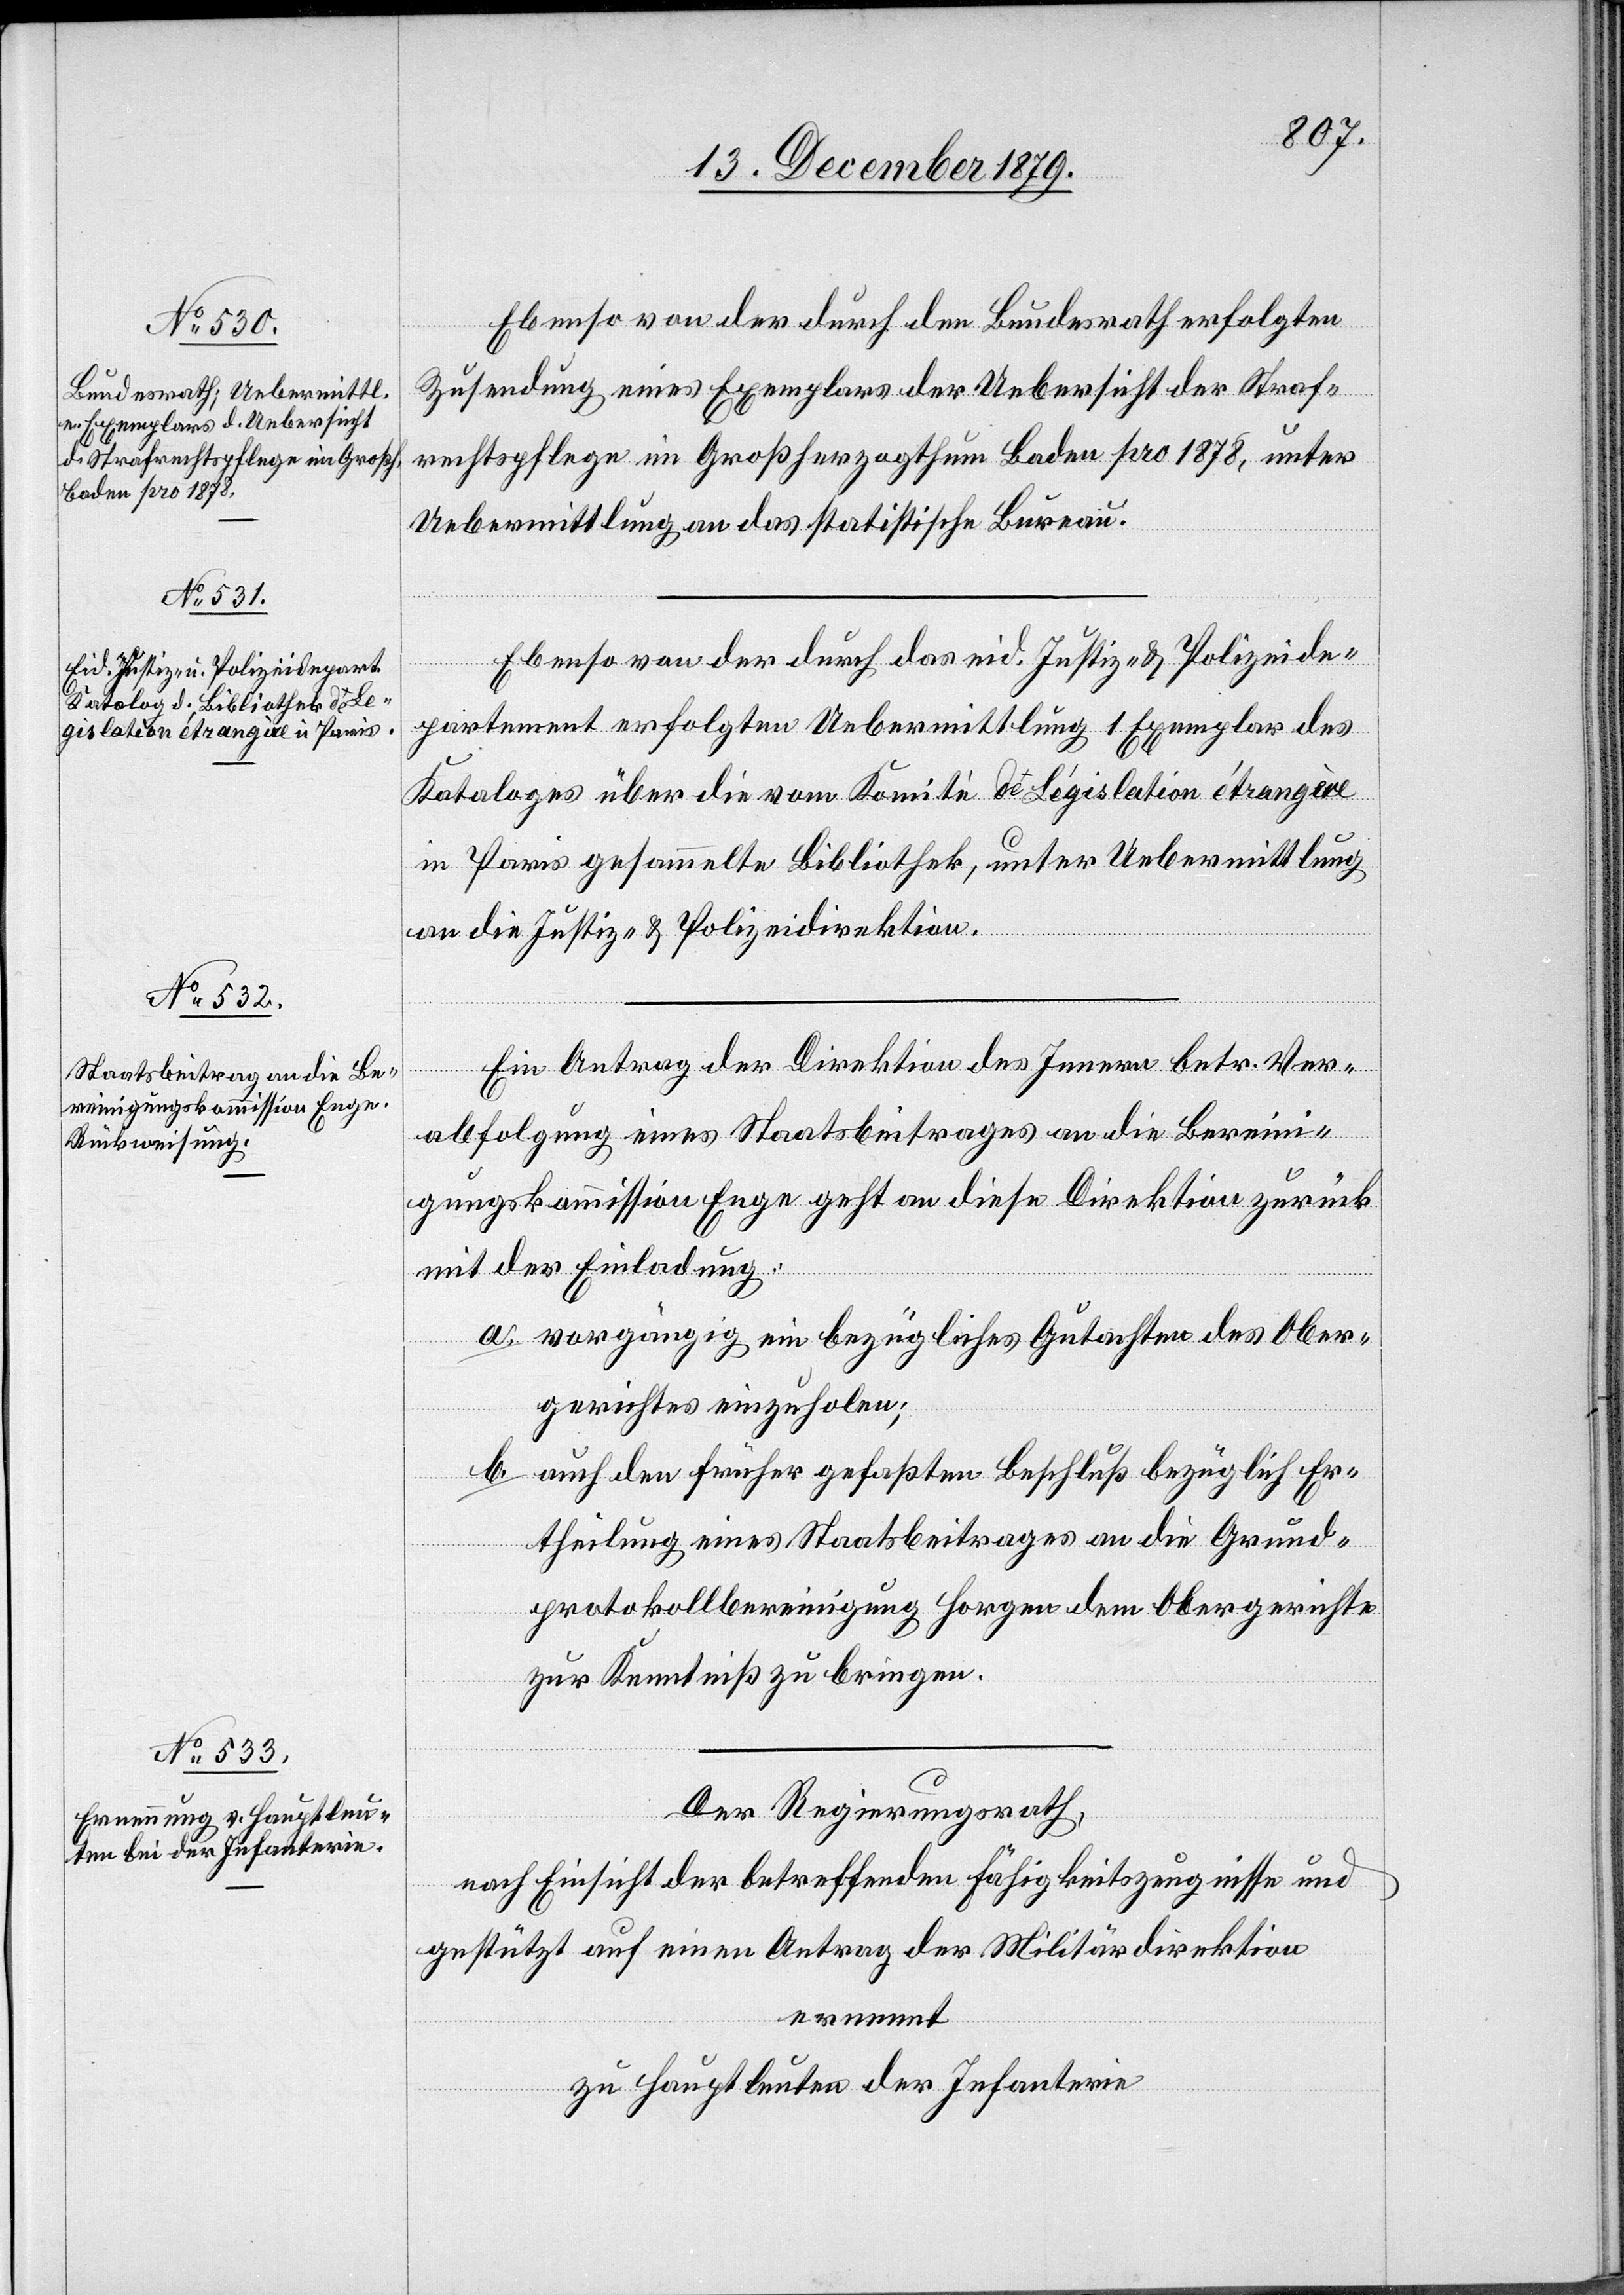
Ebenso von der durch den Bundesrath erfolgten
Zusendung eines Exemplars der Uebersicht der Straf¬
rechtspflege im Großherzogtum Baden pro 1878, unter
Uebermittlung an das statistische Bureau.
Ebenso von der durch das eid. Justiz- & Polizeide¬
partement erfolgten Uebermittlung 1 Exemplar des
Kataloges über die vom Komité de Législation étrangère
in Paris gesammelte Bibliothek, unter Uebermittlung
an die Justiz- & Polizeidirektion.
Ein Antrag der Direktion des Innern betr. Ver¬
abfolgung eines Staatsbeitrages an die Bereini¬
gungskommission Enge geht an diese Direktion zurück
mit der Einladung:
a. vorgängig ein bezügliches Gutachten des Ober¬
gerichtes einzuholen;
b. auf den früher gefaßten Beschluß bezüglich Er¬
theilung eines Staatsbeitrages an die Grund¬
protokollbereinigung Horgen dem Obergerichte
zur Kenntniß zu bringen.
Der Regierungsrath,
nach Einsicht der betreffenden Fähigkeitszeugnisse und
gestützt auf einen Antrag der Militärdirektion
ernennt
zu Hauptleuten der Infanterie: